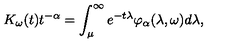
K _ { \omega } ( t ) t ^ { - \alpha } = \int _ { \mu } ^ { \infty } e ^ { - t \lambda } \varphi _ { \alpha } ( \lambda , \omega ) d \lambda ,